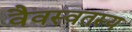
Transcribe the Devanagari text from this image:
वैवस्वतस्य